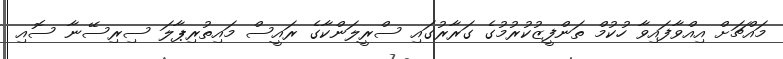
މައްޗަށް އިއްވާފައިވާ ހުކުމް ތަންފީޒުކުރުމުގެ ގަރާރުގައި ސްރީލަންކާގެ ރައީސް މައިތުރިޕާލަ ސިރިސޭނާ ސޮއި